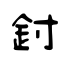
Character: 鉜